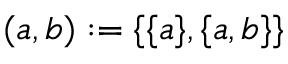
( a , b ) : = \{ \{ a \} , \{ a , b \} \}